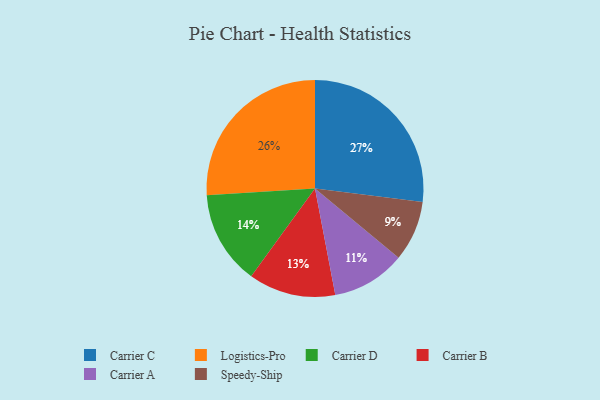
{"axis": {"x": "Category", "y": "Percentage"}, "legend": ["Carrier A", "Carrier B", "Carrier C", "Carrier D", "Logistics-Pro", "Speedy-Ship"], "data": [{"x": "Carrier B", "y": 13, "type": "Carrier B"}, {"x": "Logistics-Pro", "y": 26, "type": "Logistics-Pro"}, {"x": "Carrier C", "y": 27, "type": "Carrier C"}, {"x": "Speedy-Ship", "y": 9, "type": "Speedy-Ship"}, {"x": "Carrier A", "y": 11, "type": "Carrier A"}, {"x": "Carrier D", "y": 14, "type": "Carrier D"}]}